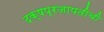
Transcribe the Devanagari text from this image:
दक्षप्रजापतीची